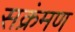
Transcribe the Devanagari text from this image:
सक्रंमण